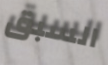
السبق